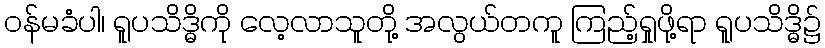
ဝန်မခံပါ၊ ရူပသိဒ္ဓိကို လေ့လာသူတို့ အလွယ်တကူ ကြည့်ရှုဖို့ရာ ရူပသိဒ္ဓိ၌